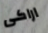
اراكى